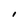
Character: I